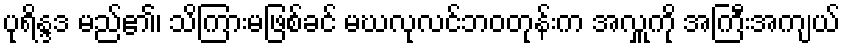
ပုရိန္ဒဒ မည်၏၊ သိကြားမဖြစ်ခင် မဃလုလင်ဘဝတုန်းက အလှူကို အကြီးအကျယ်